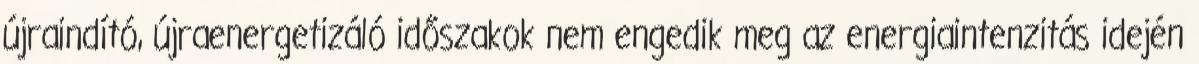
újraindító, újraenergetizáló időszakok nem engedik meg az energiaintenzitás idején